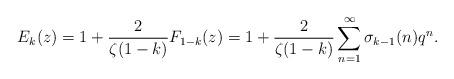
LaTeX: \begin{align*} E_k (z) = 1 + \frac{2}{\zeta (1 - k)} F_{1 - k} (z) = 1 + \frac{2}{\zeta (1 - k)} \sum_{n = 1}^{\infty} \sigma_{k - 1} (n) q^n . \end{align*}